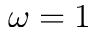
\omega = 1